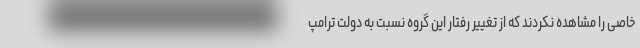
خاصی را مشاهده نکردند که از تغییر رفتار این گروه نسبت به دولت ترامپ